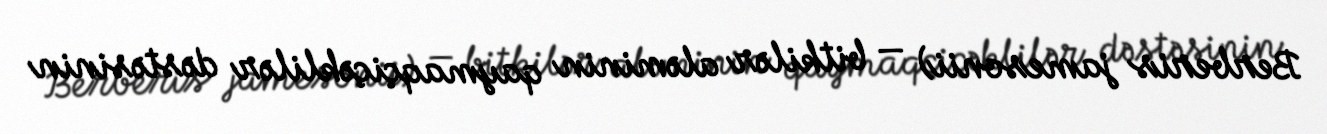
Berberis jamesonii) — bitkilər aləminin qaymaqçiçəklilər dəstəsinin